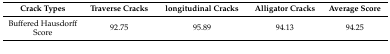
<table><thead><tr><td><b>Crack Types</b></td><td><b>Traverse Cracks</b></td><td><b>longitudinal Cracks</b></td><td><b>Alligator Cracks</b></td><td><b>Average Score</b></td></tr></thead><tbody><tr><td>Buffered Hausdorff Score</td><td>92.75</td><td>95.89</td><td>94.13</td><td>94.25</td></tr></tbody></table>